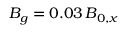
B _ { g } = 0 . 0 3 \, B _ { 0 , x }